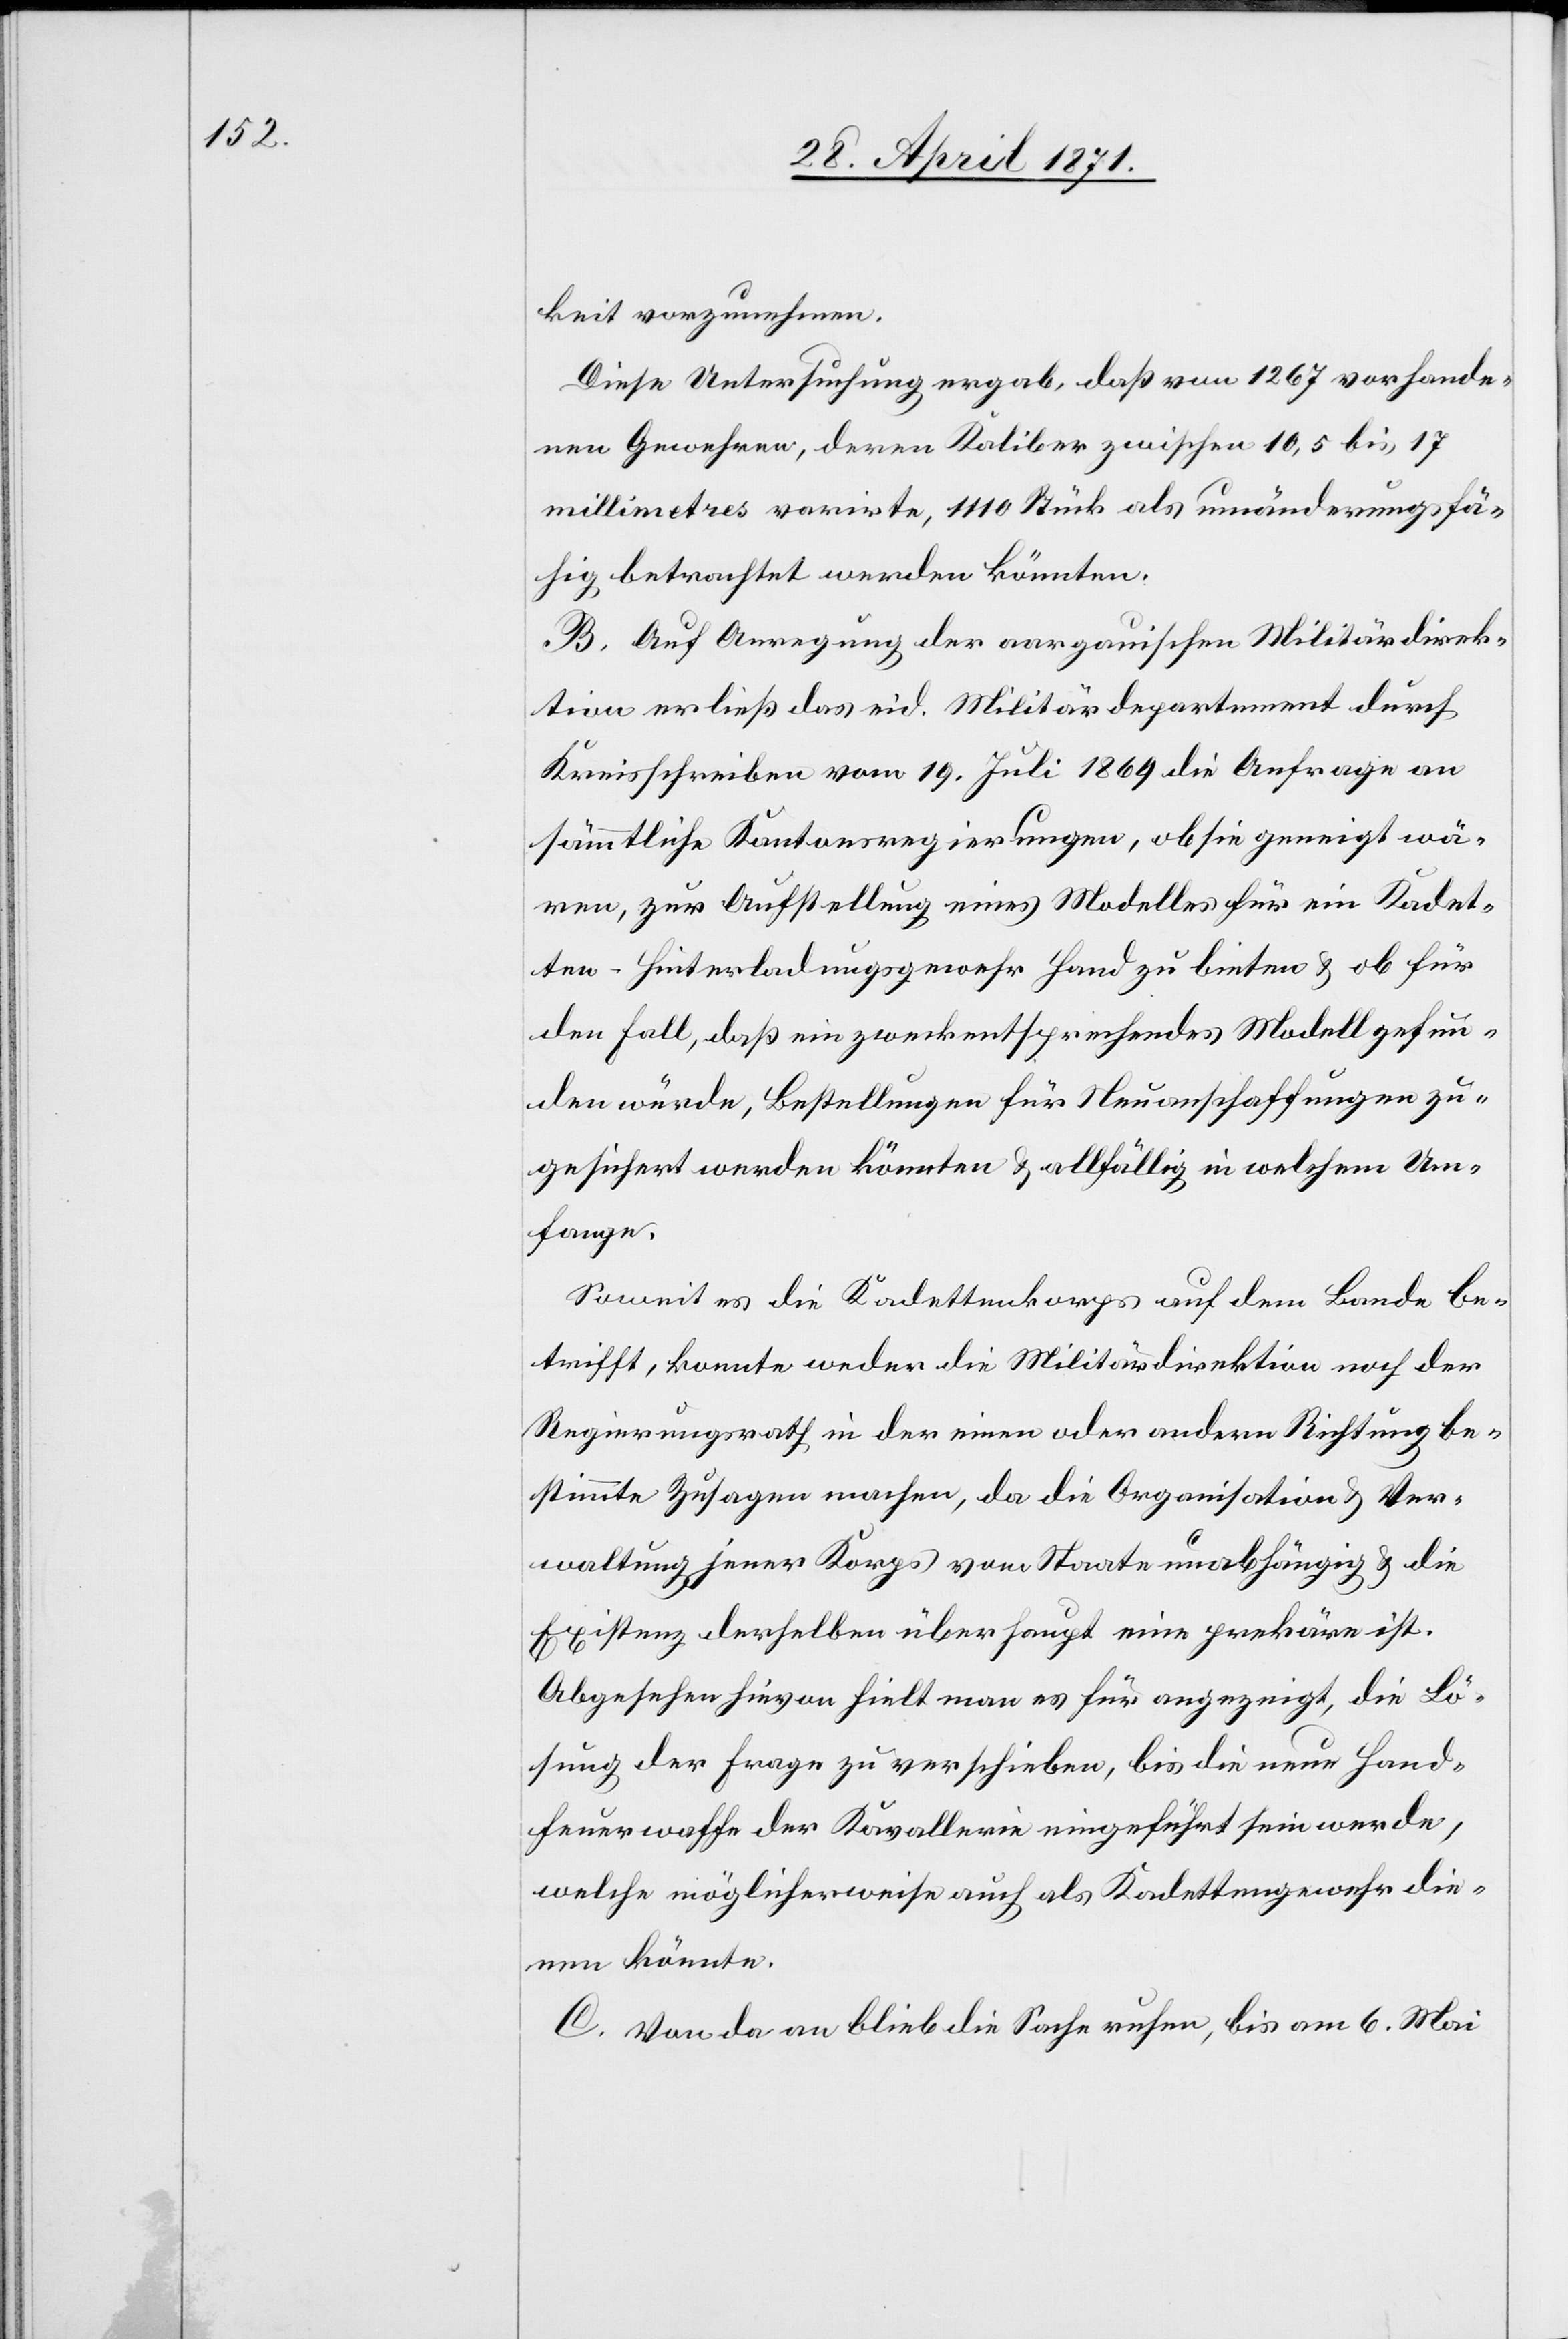
keit vorzunehmen.
Diese Untersuchung ergab, daß von 1267 vorhande¬
nen Gewehren, deren Kaliber zwischen 10,5 bis 17
millimetres varirte, 1110 Stück als umänderungsfä¬
hig betrachtet werden könnten.
B. Auf Anregung der aargauischen Militärdirek¬
tion erließ das eid. Militärdepartement durch
Kreisschreiben vom 19. Juli 1869 die Anfrage an
sämmtliche Kantonsregierungen, ob sie geneigt wä¬
ren, zur Aufstellung eines Modelles für ein Kadet¬
ten-Hinterladungsgewehr Hand zu bieten u. ob für
den Fall, daß ein zweckentsprechendes Modell gefun¬
den würde, Bestellungen für Neuanschaffungen zu¬
gesichert werden könnten u. allfällig in welchem Um¬
fange.
Soweit es die Kadettenkorps auf dem Lande be¬
trifft, konnte weder die Militärdirektion noch der
Regierungsrath in der einen oder andern Richtung be¬
stimmte Zusagen machen, da die Organisation u. Ver¬
waltung jener Korps vom Staate unabhängig u. die
Existenz derselben überhaupt eine prekäre ist.
Abgesehen hievon hielt man es für angezeigt, die Lö¬
sung der Frage zu verschieben, bis die neue Hand¬
feuerwaffe der Kavallerie eingeführt sein werde,
welche möglicherweise auch als Kadettengewehr die¬
nen könnte.
C. Von da an blieb die Sache ruhen, bis am 6. Mai